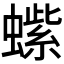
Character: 𬠭